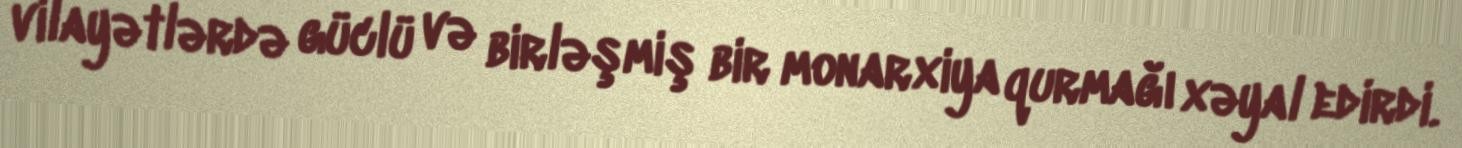
vilayətlərdə güclü və birləşmiş bir monarxiya qurmağı xəyal edirdi.